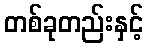
တစ်ခုတည်းနှင့်